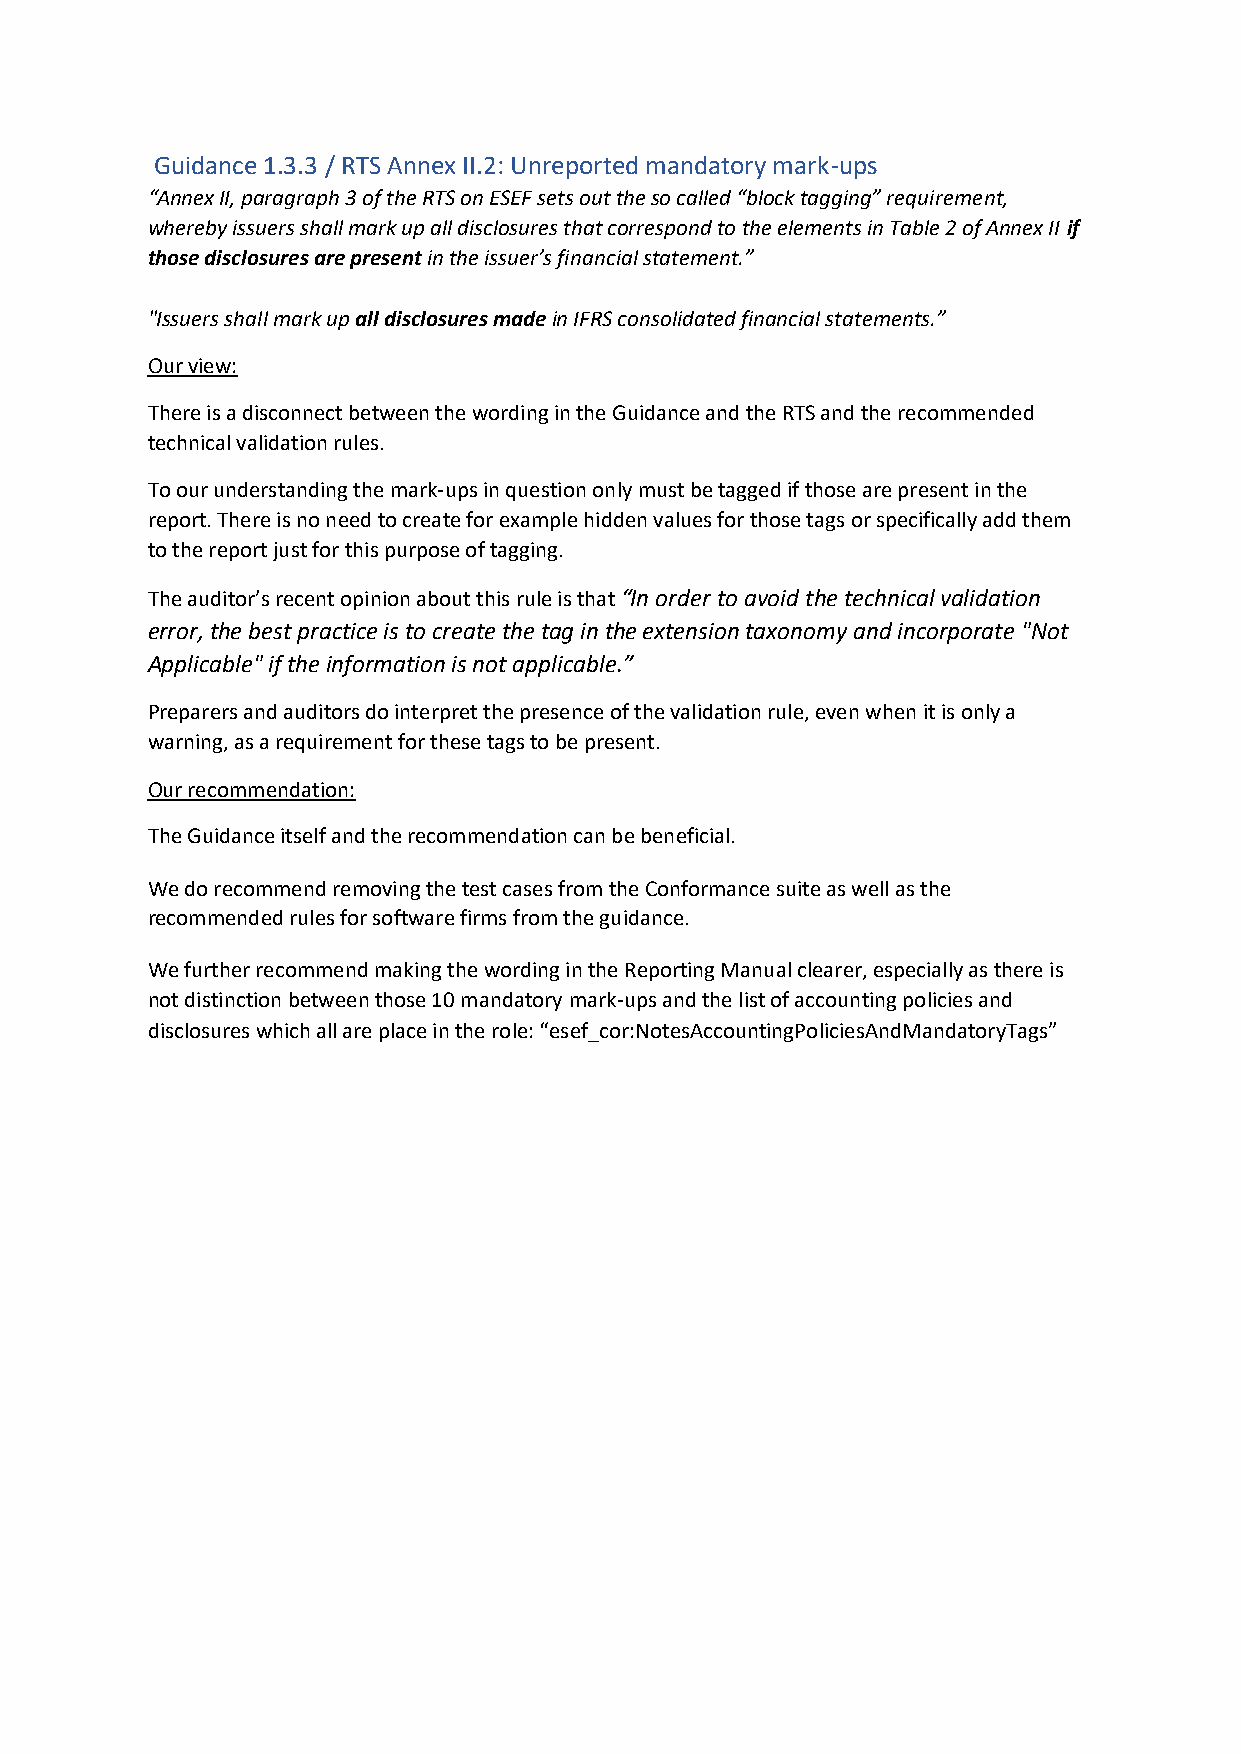
Guidance 1.3.3 / RTS Annex II.2: Unreported mandatory mark-ups
 “Annex II, paragraph 3 of the RTS on ESEF sets out the so called “block tagging” requirement,
 whereby issuers shall mark up all disclosures that correspond to the elements in Table 2 of Annex II if
 those disclosures are present in the issuer’s financial statement.”
 "Issuers shall mark up all disclosures made in IFRS consolidated financial statements.”
 Our view:
 There is a disconnect between the wording in the Guidance and the RTS and the recommended
 technical validation rules.
 To our understanding the mark-ups in question only must be tagged if those are present in the
 report. There is no need to create for example hidden values for those tags or specifically add them
 to the report just for this purpose of tagging.
 The auditor’s recent opinion about this rule is that “In order to avoid the technical validation
 error, the best practice is to create the tag in the extension taxonomy and incorporate "Not
 Applicable" if the information is not applicable.”
 Preparers and auditors do interpret the presence of the validation rule, even when it is only a
 warning, as a requirement for these tags to be present.
 Our recommendation:
 The Guidance itself and the recommendation can be beneficial.
 We do recommend removing the test cases from the Conformance suite as well as the
 recommended rules for software firms from the guidance.
 We further recommend making the wording in the Reporting Manual clearer, especially as there is
 not distinction between those 10 mandatory mark-ups and the list of accounting policies and
 disclosures which all are place in the role: “esef_cor:NotesAccountingPoliciesAndMandatoryTags”